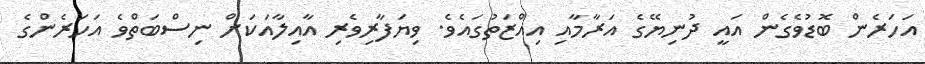
އަހަރެން ބޮޑުވެގެން އައީ ދުނިޔޭގެ އަރާމާއި އިއްޒަތުގައެވެ. ވިޔަފާރިވެރި އާއިލާއަކަށް ނިސްބަތްވެ އަހަރެންގެ